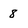
Character: 8